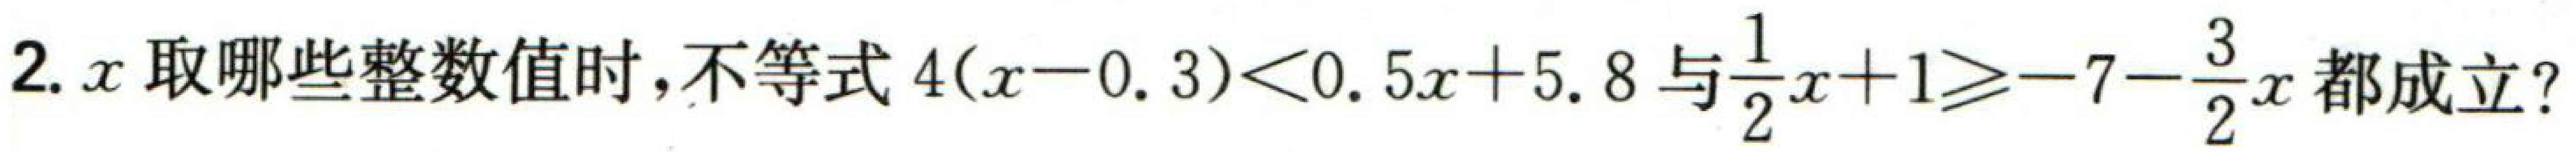
2. \(x\)取哪些整数值时，不等式\(4(x - 0.3)<0.5x + 5.8\)与\(\frac{1}{2}x + 1\geqslant - 7-\frac{3}{2}x\)都成立？